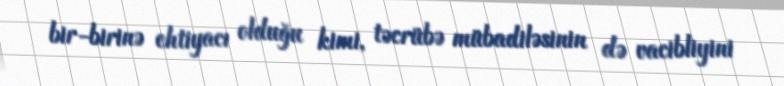
bir-birinə ehtiyacı olduğu kimi, təcrübə mübadiləsinin də vacibliyini